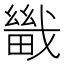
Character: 𤳀